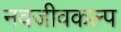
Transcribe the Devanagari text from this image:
नवजीवकल्प